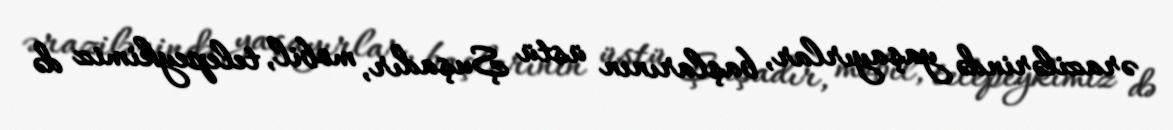
ərazilərində yaşayırlar, başlarının üstü Şuşadır, mobil, telepeykimiz də